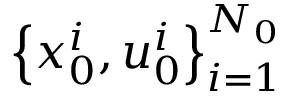
\left\{ x _ { 0 } ^ { i } , u _ { 0 } ^ { i } \right\} _ { i = 1 } ^ { N _ { 0 } }